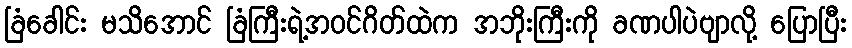
ခြံခေါင်း မသိအောင် ခြံကြီးရဲ့အဝင်ဂိတ်ထဲက အဘိုးကြီးကို ခဏပါပဲဗျာလို့ ပြောပြီး